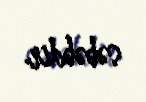
səbəbdir.